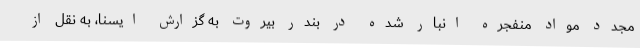
مجدد مواد منفجره انبار شده در بندر بیروت به گزارش ایسنا، به نقل از